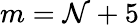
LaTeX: m=\mathcal{N}+5